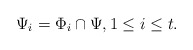
\begin{align*} \Psi_i=\Phi_i\cap \Psi,1\leq i\leq t. \end{align*}